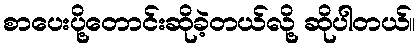
စာပေးပို့တောင်းဆိုခဲ့တယ်လို့ ဆိုပါတယ်။